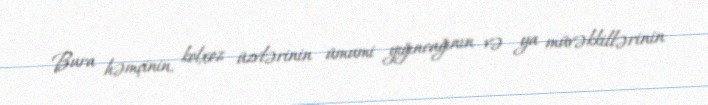
Bura həmçinin, kolxoz üzvlərinin ümumi yığıncağının və ya müvəkkillərinin